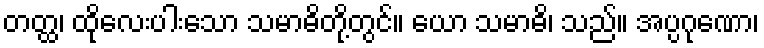
တတ္ထ၊ ထိုလေးပါးသော သမာဓိတို့တွင်။ ယော သမာဓိ၊ သည်။ အပ္ပဂုဏော၊